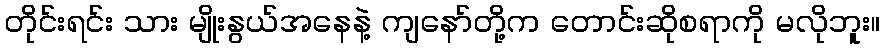
တိုင်းရင်း သား မျိုးနွယ်အနေနဲ့ ကျနော်တို့က တောင်းဆိုစရာကို မလိုဘူး။